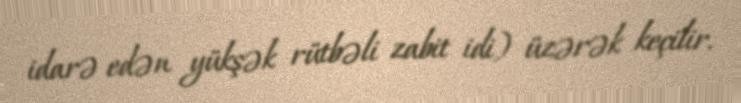
idarə edən yükşək rütbəli zabit idi) üzərək keçilir.